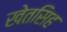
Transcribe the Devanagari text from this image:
खेतसिह